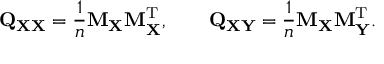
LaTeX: \mathbf { Q } _ { \mathbf { X X } } = { \frac { 1 } { n } } \mathbf { M } _ { \mathbf { X } } \mathbf { M } _ { \mathbf { X } } ^ { \mathrm { { T } } } , \qquad \mathbf { Q } _ { \mathbf { X Y } } = { \frac { 1 } { n } } \mathbf { M } _ { \mathbf { X } } \mathbf { M } _ { \mathbf { Y } } ^ { \mathrm { { T } } } .